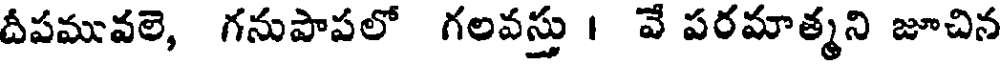
దీపమువలె, గనుపాపలో గలవస్తు । వే పరమాత్మని జూచిన